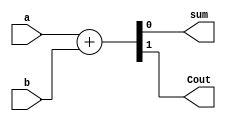
module HA_BEHAV
(
input a,b,
output sum,Cout
);

assign{Cout,sum}=a+b;
endmodule